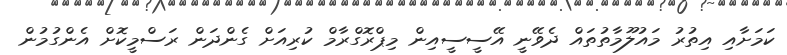
ކަމަށާއި އިތުރު މައުލޫމާތުތައް ދެވޭނީ އޭސީސީއިން މިޕްރޮގްރާމް ކުރިއަށް ގެންދަން ރަސްމީކޮށް އެންގުމުން